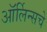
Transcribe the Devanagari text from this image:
ऑर्लिन्सचे